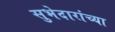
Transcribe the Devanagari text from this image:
सुभेदारांच्या